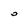
Character: 0